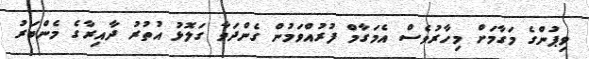
ވިޕުންގެ މަގާމަށް މިހާރުވެސް އެމަގާމް ފުރުއްވަމުން ގެންދަވާ ގަލޮޅު އުތުރު ދާއިރާގެ މެންބަރު